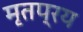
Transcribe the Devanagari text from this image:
मृतप्रय